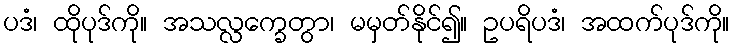
ပဒံ၊ ထိုပုဒ်ကို။ အသလ္လက္ခေတွာ၊ မမှတ်နိုင်၍။ ဥပရိပဒံ၊ အထက်ပုဒ်ကို။